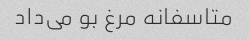
متاسفانه مرغ بو می‌داد